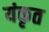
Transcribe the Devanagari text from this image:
यंकृत